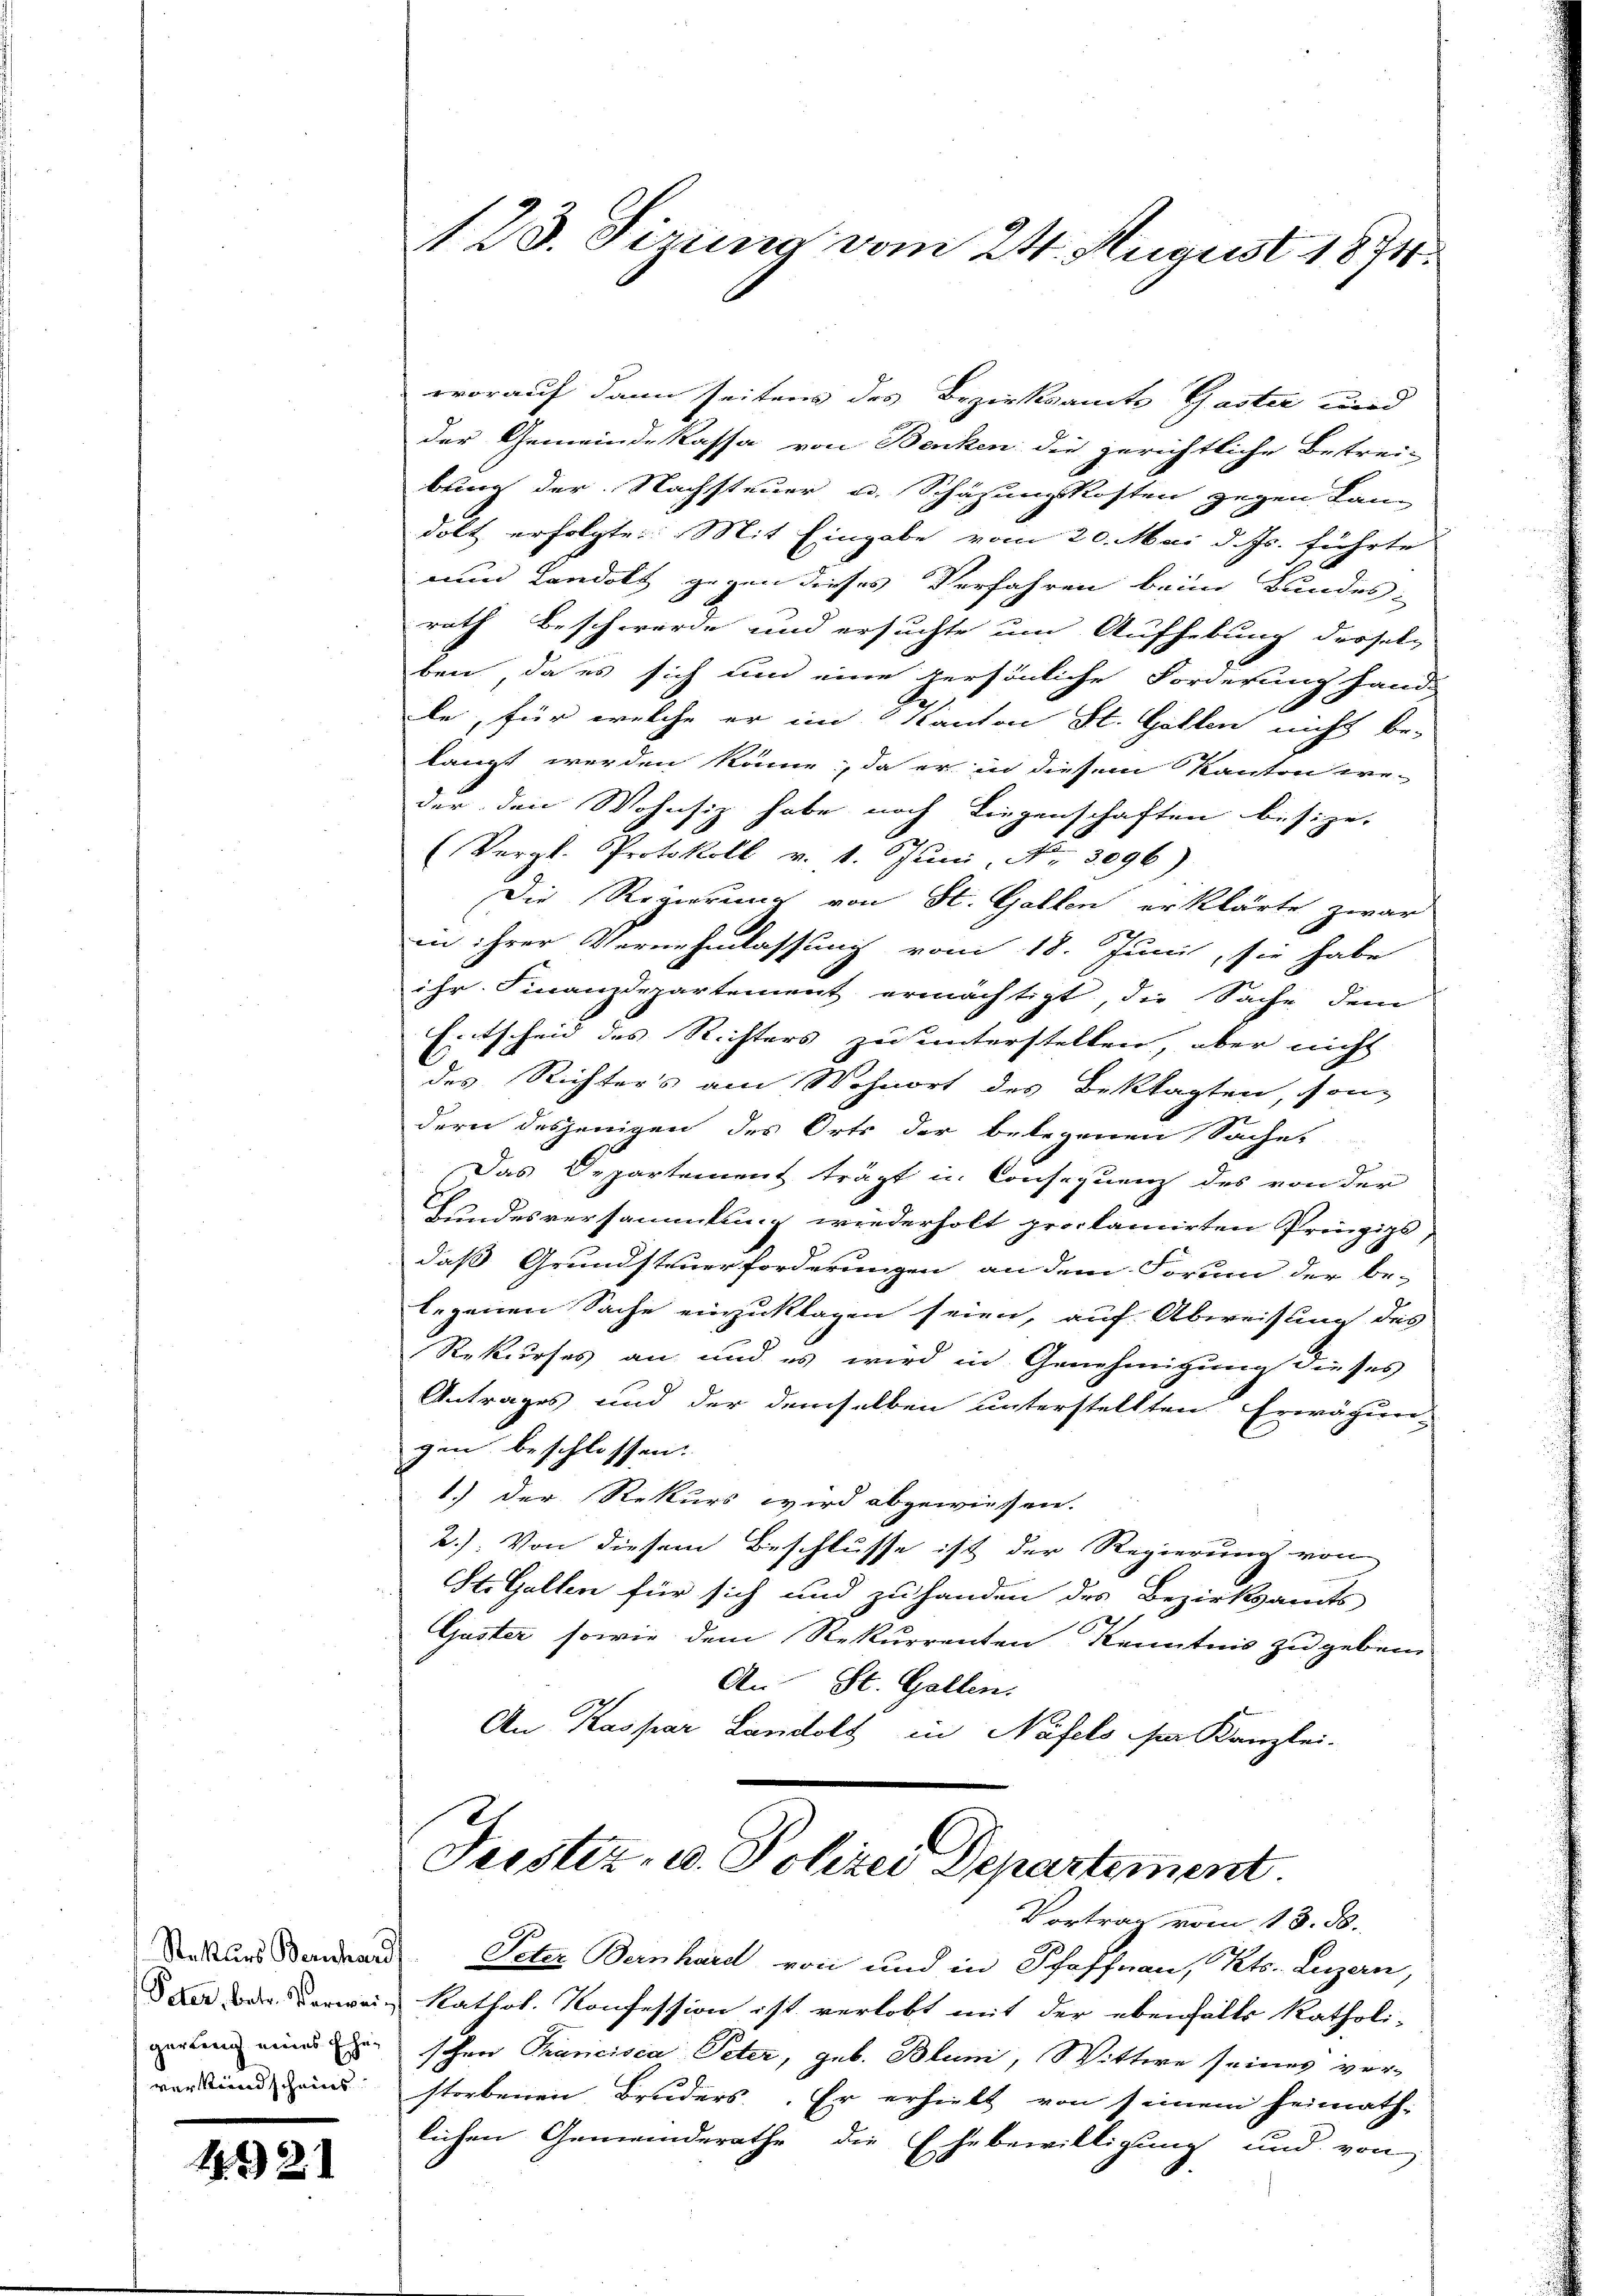
gerling eines Eheverlandscheins

12)

1

worauf dann seitens des Bezirksamte Gaster und
der Gemeindekassa von Benken die gerichtliche Betrei-
bung der Nachsteuer u. Schazungskosten gegen Lan
dolt erfolgte. Mit Eingabe vom 20. Mai d. Js. führte
num Landolt gegen dieses Verfahren beim Bundes-
rath Beschwerde und ersuchte um Aufhebung derselben, da es sich und eine persönliche Forderung hand
le, für welche er im Kanton St. Gallen nicht be-
langt werden könne, da er in diesem Kanton weder den Wohnsiz habe noch Liegenschaften besize,
(Vergl. Protokoll v. 1. Juni, Nr. 3096)
Die Regierung von St. Gallen erklärte zwar
in ihrer Vernehmlassung vom 18. Juni, sie habe
ihr Finanzdepartement ermächtigt, die Sache dem
Entscheid des Richters zu unterstellen, aber nicht
des Richters am Wohnort des Beklagten, son-
dern desjenigen des Orts der belegenen Sache,
Das Departement trägt in Consequenz des von der
Kundesversammlung wiederholt proclamirten Prinzips
daß Grundsteuerforderungen an dem Forum der be-
legenen Sache einzuklagen seien, auf Abweisung des
Rekurses an und es wird in Genehmigung dieses
Antrages und der demselben unterstellten Erwägun-
gen beschlossen.
1.) Der Rekurs wird abgewiesen.
2.) Von diesem Beschlusse ist der Regierung von
St. Gallen für sich und zu handen des Bezirksamts
Guster, sowie dem Rekurrenten Kenntnis zu geben.
An St. Gallen.
An Kaspar Landolt in Näfels der Kanzlei-

123. Sizung vom 24. August 1871.

Justiz- u. Polizei Departement
Vortrag vom 13. ds.

Stattung Sonderen Peter Bernhard von und in Schaffnau, Kts. Luzern,
dan der Verwein kathol. Konfession ist verlobt mit der ebenfalls katholi-
schen Francisca Peter, geb. Bluni, Wittwe seines ver-
storbenen Bruders. Er erhielt von seinem heimath-
lichen Gemeinderathe die Ehebewilligung und von